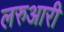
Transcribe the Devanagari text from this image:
लरुआरी